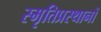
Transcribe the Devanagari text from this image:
स्मृतिप्रस्थानों